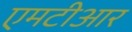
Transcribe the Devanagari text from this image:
एमटीआर